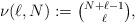
LaTeX: \begin{align*}\left. \begin{array}{c}\nu (\ell ,N):=\binom{N+\ell -1}{\ell },\end{array}\right. \end{align*}